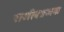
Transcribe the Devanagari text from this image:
राजीवप्रजक